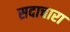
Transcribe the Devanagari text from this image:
सदाचारा